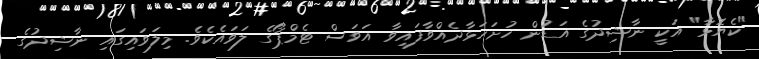
"ކެޔޮޅާ" އަކީ ނާޝިދުގެ އަޑުން ހުށަހަޅާދެއްވާފައިވާ އަވަސް ޓެމްޕޯގެ ލަވައެކެވެ. މިލަވައިގައި ނާޝިދުގެ